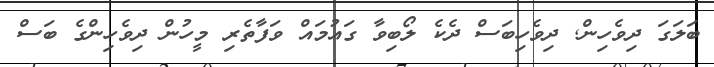
ބަލަގަ ދިވެހިން